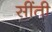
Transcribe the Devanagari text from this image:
सींती